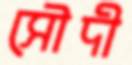
সৌদী